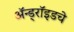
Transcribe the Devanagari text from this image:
ॲन्ड्रॉइडचे